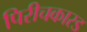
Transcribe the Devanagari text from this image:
पिरीचकारड